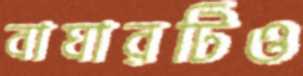
বাঘারটিও